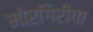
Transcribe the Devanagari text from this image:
मोरगिरीचा